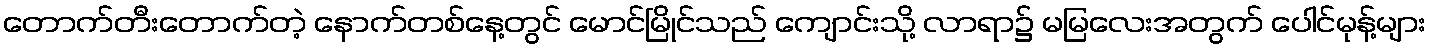
တောက်တီးတောက်တဲ့ နောက်တစ်နေ့တွင် မောင်မြိုင်သည် ကျောင်းသို့ လာရာ၌ မမြလေးအတွက် ပေါင်မုန့်များ